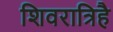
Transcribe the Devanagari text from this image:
शिवरात्रिहै